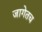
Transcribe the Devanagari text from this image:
जागेतच